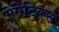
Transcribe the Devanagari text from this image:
मेमेटिक्स